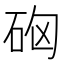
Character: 𥑪